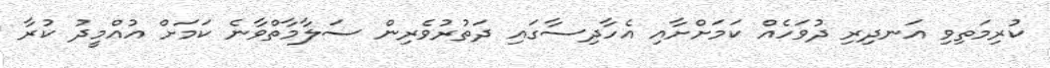
ކުރިމަތިވި އަނދިރި ދުވަހެއް ކަމަށްށާއި އެހާދިސާގައި ދަތުރުވެރިން ސަލާމާތްވާނެ ކަމަށް އުއްމީދު ކުރާ